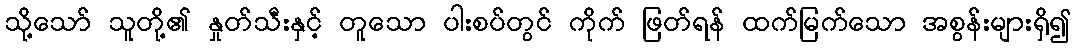
သို့သော် သူတို့၏ နှုတ်သီးနှင့် တူသော ပါးစပ်တွင် ကိုက် ဖြတ်ရန် ထက်မြက်သော အစွန်းများရှိ၍